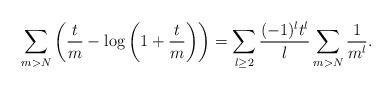
LaTeX: \begin{align*}\sum_{m > N} \left(\frac{t}{m}-\log\left(1+\frac{t}{m}\right)\right) = \sum_{l \geq 2} \frac{(-1)^lt^l}{l}\sum_{m > N} \frac{1}{m^l}.\end{align*}